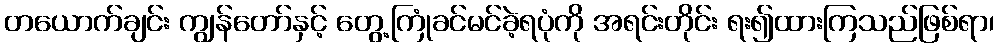
တယောက်ချင်း ကျွန်တော်နှင့် တွေ့ကြုံခင်မင်ခဲ့ရပုံကို အရင်းတိုင်း ရး၍ထားကြသည်ဖြစ်ရာ၊